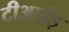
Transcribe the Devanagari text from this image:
टीआईइ